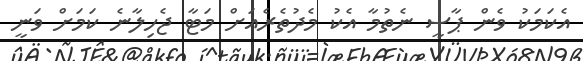
އެކަމަކު ވެން ޕާސީ ނެތުމާ އެކު މެދުތެރެއަށް މަޓާ ޖެހިލާނެ ކަމަށް ވަނީ